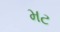
મટ